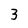
Character: 3